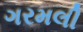
ગરમલી